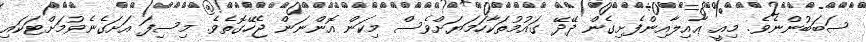
ސަބަބުންނެވެ. މިއީ ޢާއިލާއިންފެށިގެން ދޭދޭ ގައުމުތަކާހަމަޔަށްވެސް މިކަން އޮންނަން ޖެހޭގޮތެވެ. މިސިފަ އަށަގެނެވުމަށްޓަކައި